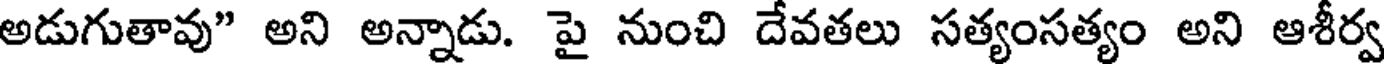
అడుగుతావు" అని అన్నాడు. పై నుంచి దేవతలు సత్యంసత్యం అని ఆశీర్వ